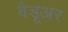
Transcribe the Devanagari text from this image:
बैडूअर